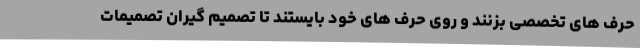
حرف های تخصصی بزنند و روی حرف های خود بایستند تا تصمیم گیران تصمیمات